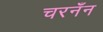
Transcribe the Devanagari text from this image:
चरनँन